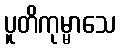
ပူတိကုမ္မာသေ